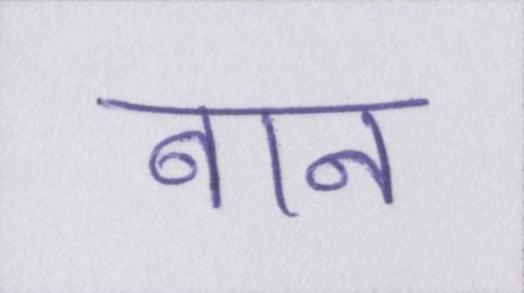
बान